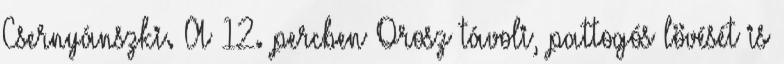
Csernyánszki. A 12. percben Orosz távoli, pattogós lövését is